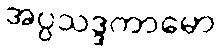
အပ္ပသဒ္ဒကာမော